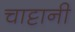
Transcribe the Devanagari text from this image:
चाट्टानी